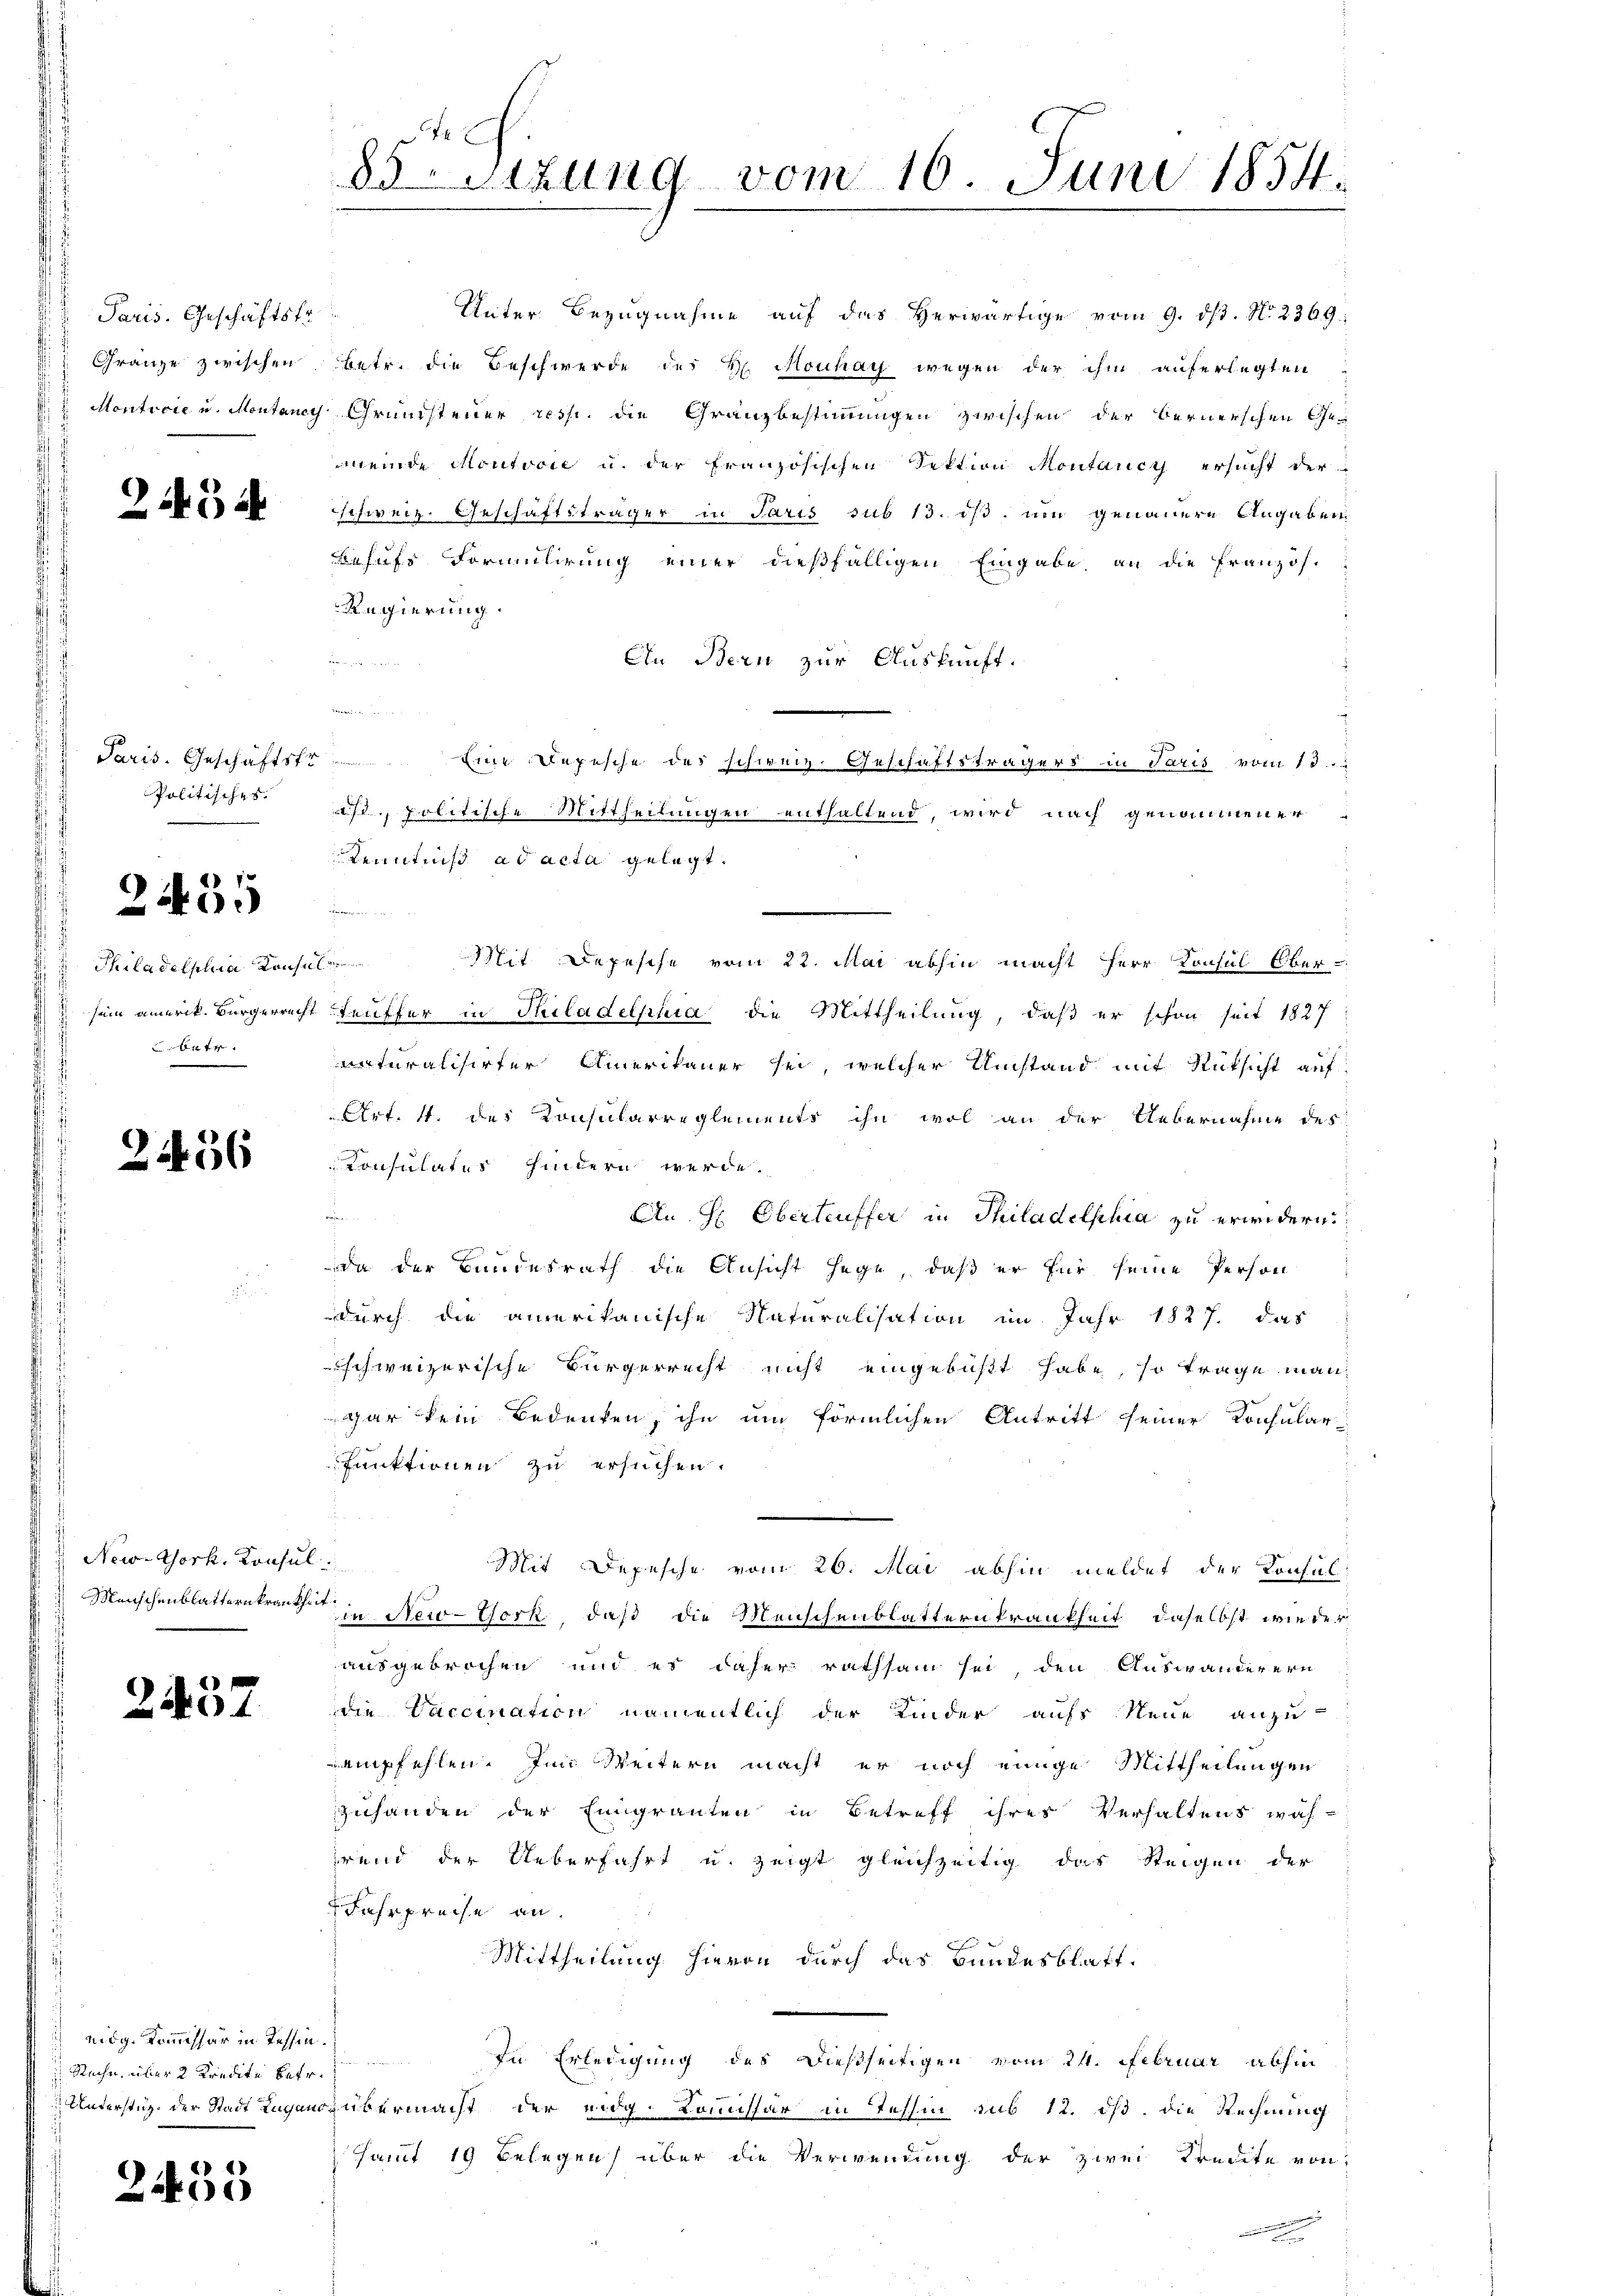
Paris. Geschäftstr.

2434

Paris. Geschäftsfr
Politisches.
.

2435

f
 Philadelphia Konsul
betr.
.

2456

New York, Konsul

2457

eidg. Kommissär in Tessin.
Rache über 2 Kredite betr.

2433

Unter Bezugnahme auf das herwärtige vom 9. ds. No. 2369:
Gränze zwischen Betr. die Beschwerde des H. Kouhay wegen der ihm auferlegten
Montroić u. Montany Grundsteuer resp. die Granzbestimmungen zwischen der Bernerschen Gemeinde Moutvoie u. der französischen Sektion Montancy ersucht der
schweiz. Geschäftsträger in Paris sub 13. ist, um genauere Angaben
Behufs Formulirung einer dießfälligen Eingabe an die Französ.
Regierung.

Ein Bern zur Auskunft.
Eine Depesche des schweiz. Geschäftsträgers in Paris vom 13.
s, politische Mittheilungen enthaltend, wird nach genommener
Kenntniß ad acta gelegt.
Mit Depesche vom 22. Mai abhin macht Herr Konsul Ober-
 sein amerik. Bürgerrecht teuffer in Philadelphia die Mittheilung, daß er schon seit 1827
naturalisirter Amerikaner sei, welcher Umstand mit Rücksicht auf
Art. 4. des Konsularreglements ihn wol an der Uebernahme des
Konsulates hindern werde.
e
An H: Oberteuffer in Thiladelphia zu erwidern.
da der Bundesrath die Ansicht hege, daß er für seine Person
durch die amerikanische Naturalisation im Jahr 1827. das
schweizerische Bürgerrecht nicht eingebüßt habe, so trage man
gar kein Bedenken, ihn um förmlichen Antritt seiner Konsular
funktionen zu ersuchen.
Mit Depesche vom 26. Mai abhin meldet der Konsul
Menschenblatternkrankheit in New-York, daß die Menschenblatternkrankheit, daselbst wie der
ausgebrochen und es daher rathsam sei, den Auswanderern
die Vaccination namentlich der Kinder aufs Neue anzu-
empfehlen. Im Weitern macht er noch einige Mittheilungen
zuhänden der Eingranten in Betreff ihres Verhaltens wäh-
rend der Ueberfahrt u. zeigt gleichzeitig das Steigen der
Fahrpreise an.
Mittheilung hievon durch das Bundesblatt,
In Erledigung des Dießseitigen vom 24. Februar abhin
Unterstig der Stadt Luganz übermacht der eidg. Kommissär in Tessin sub 12. ds. die Rechnung
Hamt 19 Belegen über die Verwendung der zwei Kredite von

4 x
83 Sizung vom 16. Juni 1854.